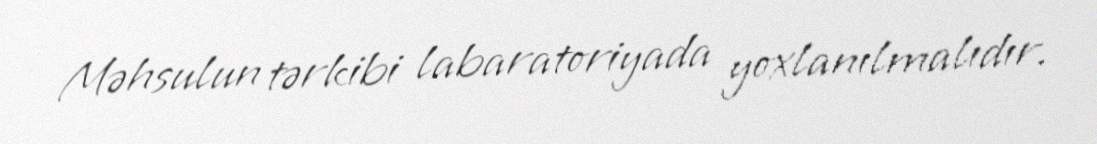
Məhsulun tərkibi labaratoriyada yoxlanılmalıdır.